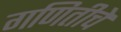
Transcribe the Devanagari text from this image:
गणितीचे